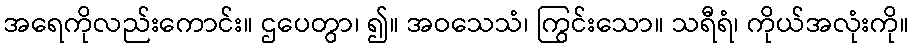
အရေကိုလည်းကောင်း။ ဌပေတွာ၊ ၍။ အဝသေသံ၊ ကြွင်းသော။ သရီရံ၊ ကိုယ်အလုံးကို။